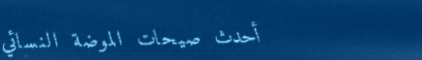
أحدث صيحات الموضة النسائي